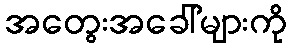
အတွေးအခေါ်များကို